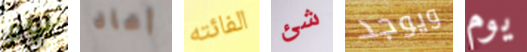
يوم أعاد الفائته شئ ويوجد يوم